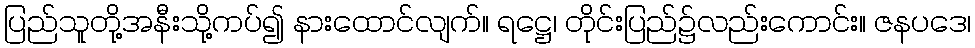
ပြည်သူတို့အနီးသို့ကပ်၍ နားထောင်လျက်။ ရဋ္ဌေ၊ တိုင်းပြည်၌လည်းကောင်း။ ဇနပဒေ၊